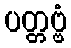
ပတ္တဗ္ဗံ